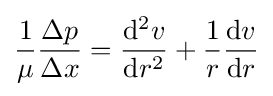
{\frac {1}{\mu }}{\frac {\Delta p}{\Delta x}}={\frac {\mathrm {d} ^{2}v}{\mathrm {d} r^{2}}}+{\frac {1}{r}}{\frac {\mathrm {d} v}{\mathrm {d} r}}